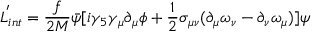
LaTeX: { \cal L } _ { i n t } ^ { ' } = \frac { f } { 2 M } \bar { \psi } [ i \gamma _ { 5 } \gamma _ { \mu } \partial _ { \mu } \phi + \frac { 1 } { 2 } \sigma _ { \mu \nu } ( \partial _ { \mu } \omega _ { \nu } - \partial _ { \nu } \omega _ { \mu } ) ] \psi